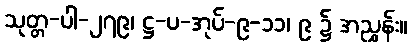
သုတ္တ-ပါ-၂၇၉၊ ဋ္ဌ-ပ-အုပ်-၉-၁၁၊ ၉ ၌ အညွှန်း။